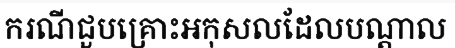
ករណីជួបគ្រោះអកុសលដែលបណ្តាល